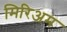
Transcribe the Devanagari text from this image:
मिरिअम